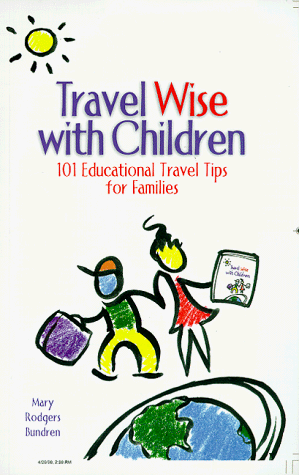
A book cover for Travel Wise with Children : 101 Educational Travel Tips for Families; Mary Rodgers Bundren; Travel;